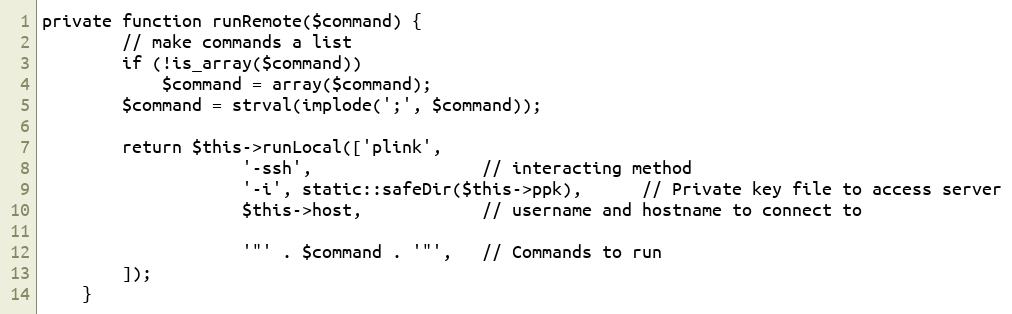
Language: PHP
private function runRemote($command) {
		// make commands a list
		if (!is_array($command))
			$command = array($command);
		$command = strval(implode(';', $command));

		return $this->runLocal(['plink',
					'-ssh',					// interacting method
					'-i', static::safeDir($this->ppk),		// Private key file to access server
					$this->host,			// username and hostname to connect to

					'"' . $command . '"',	// Commands to run
		]);
	}